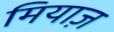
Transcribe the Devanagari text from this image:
मियाज़